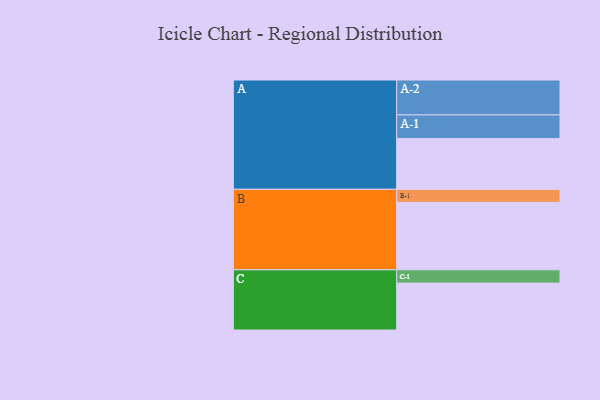
{"axis": {"x": "Segment", "y": "Value"}, "legend": ["", "A", "B", "C"], "data": [{"x": "A", "y": 415, "type": ""}, {"x": "B", "y": 552, "type": ""}, {"x": "C", "y": 384, "type": ""}, {"x": "A-1", "y": 194, "type": "A"}, {"x": "A-2", "y": 286, "type": "A"}, {"x": "B-1", "y": 107, "type": "B"}, {"x": "C-1", "y": 109, "type": "C"}]}